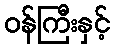
ဝန်ကြီးနှင့်